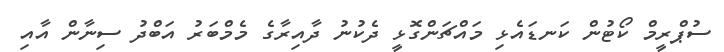
ސުޕްރީމް ކޯޓުން ކަނޑައެޅި މައްޗަންގޮޅީ ދެކުނު ދާއިރާގެ މެމްބަރު އަބްދު ސިނާން އާއި